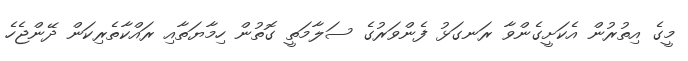
މީގެ އިތުރުން އެކަށީގެންވާ ރަނގަޅު ފެންވަރުގެ ސަލާމަތީ ގޮތުން ހިމާޔަތާއި ރައްކާތެރިކަން ދޭންޖެހެ